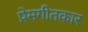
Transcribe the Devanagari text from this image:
प्रेमगीतकार